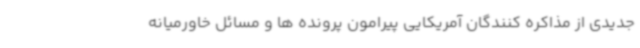
جدیدی از مذاکره کنندگان آمریکایی پیرامون پرونده ها و مسائل خاورمیانه